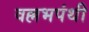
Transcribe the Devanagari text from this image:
वल्लभपंथी